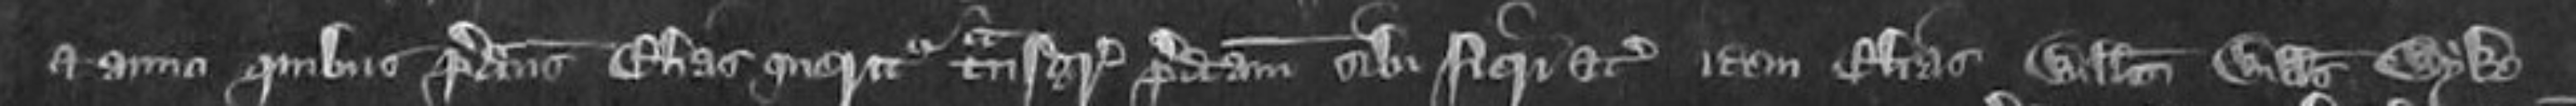
et anno quibus predictus Elias queritur transgressionem predictam sibi fieri etc idem Elias Willelmus Willelmus Wyke